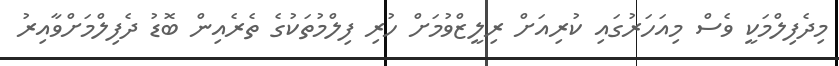
މިދެފިލްމަކީ ވެސް މިއަހަރުގައި ކުރިއަށް ރިލީޒްވުމަށް ހުރި ފިލްމުތަކުގެ ތެރެއިން ބޮޑު ދެފިލްމަށްވާއިރު